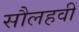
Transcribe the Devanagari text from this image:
सौलहवीं